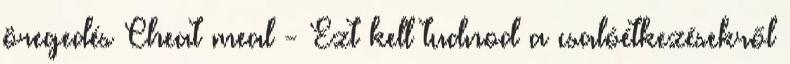
öregedés Cheat meal - Ezt kell tudnod a csalóétkezésekről